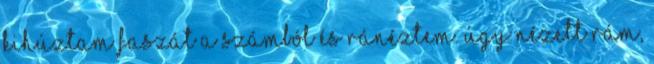
kihúztam faszát a számból és ránéztem. Úgy nézett rám,